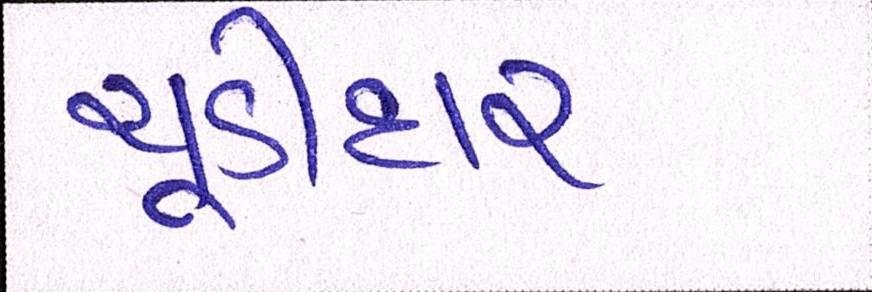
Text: ચૂડીદાર